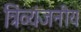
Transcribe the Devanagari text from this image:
त्रिव्यंजनीय